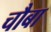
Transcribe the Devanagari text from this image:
चौबा